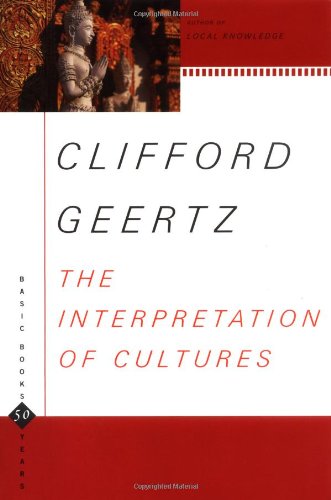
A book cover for The Interpretation Of Cultures (Basic Books Classics); Clifford Geertz; Politics & Social Sciences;